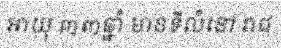
អាយុ ៣៣ឆ្នាំ មានទីលំនៅ រាជ